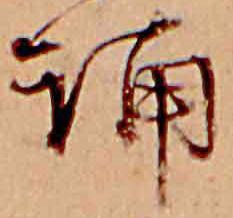
誦